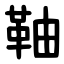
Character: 䩜